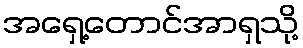
အရှေ့တောင်အာရှသို့